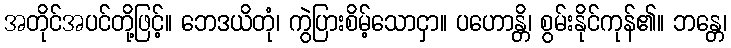
အတိုင်အပင်တို့ဖြင့်။ ဘေဒယိတုံ၊ ကွဲပြားစိမ့်သောငှာ။ ပဟောန္တိ၊ စွမ်းနိုင်ကုန်၏။ ဘန္တေ၊